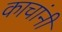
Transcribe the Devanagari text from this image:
काचांनी